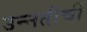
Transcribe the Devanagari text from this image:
उन्नतीचीं